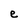
Character: e